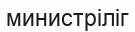
министріліг